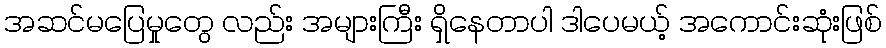
အဆင်မပြေမှုတွေ လည်း အများကြီး ရှိနေတာပါ ဒါပေမယ့် အကောင်းဆုံးဖြစ်